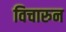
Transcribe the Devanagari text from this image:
विचारुन